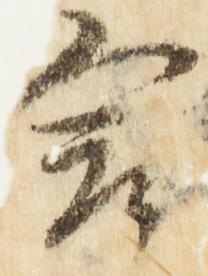
言